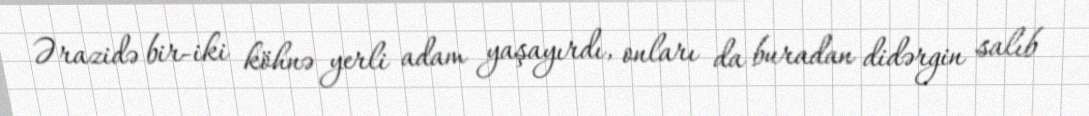
Ərazidə bir-iki köhnə yerli adam yaşayırdı, onları da buradan didərgin salıb